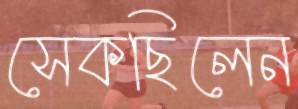
সেকছিলেন